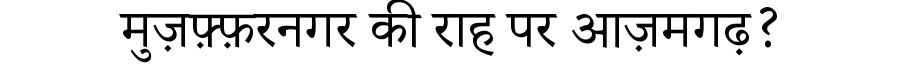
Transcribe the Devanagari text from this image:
मुज़फ़्फ़रनगर की राह पर आज़मगढ़?